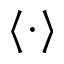
\langle \cdot \rangle